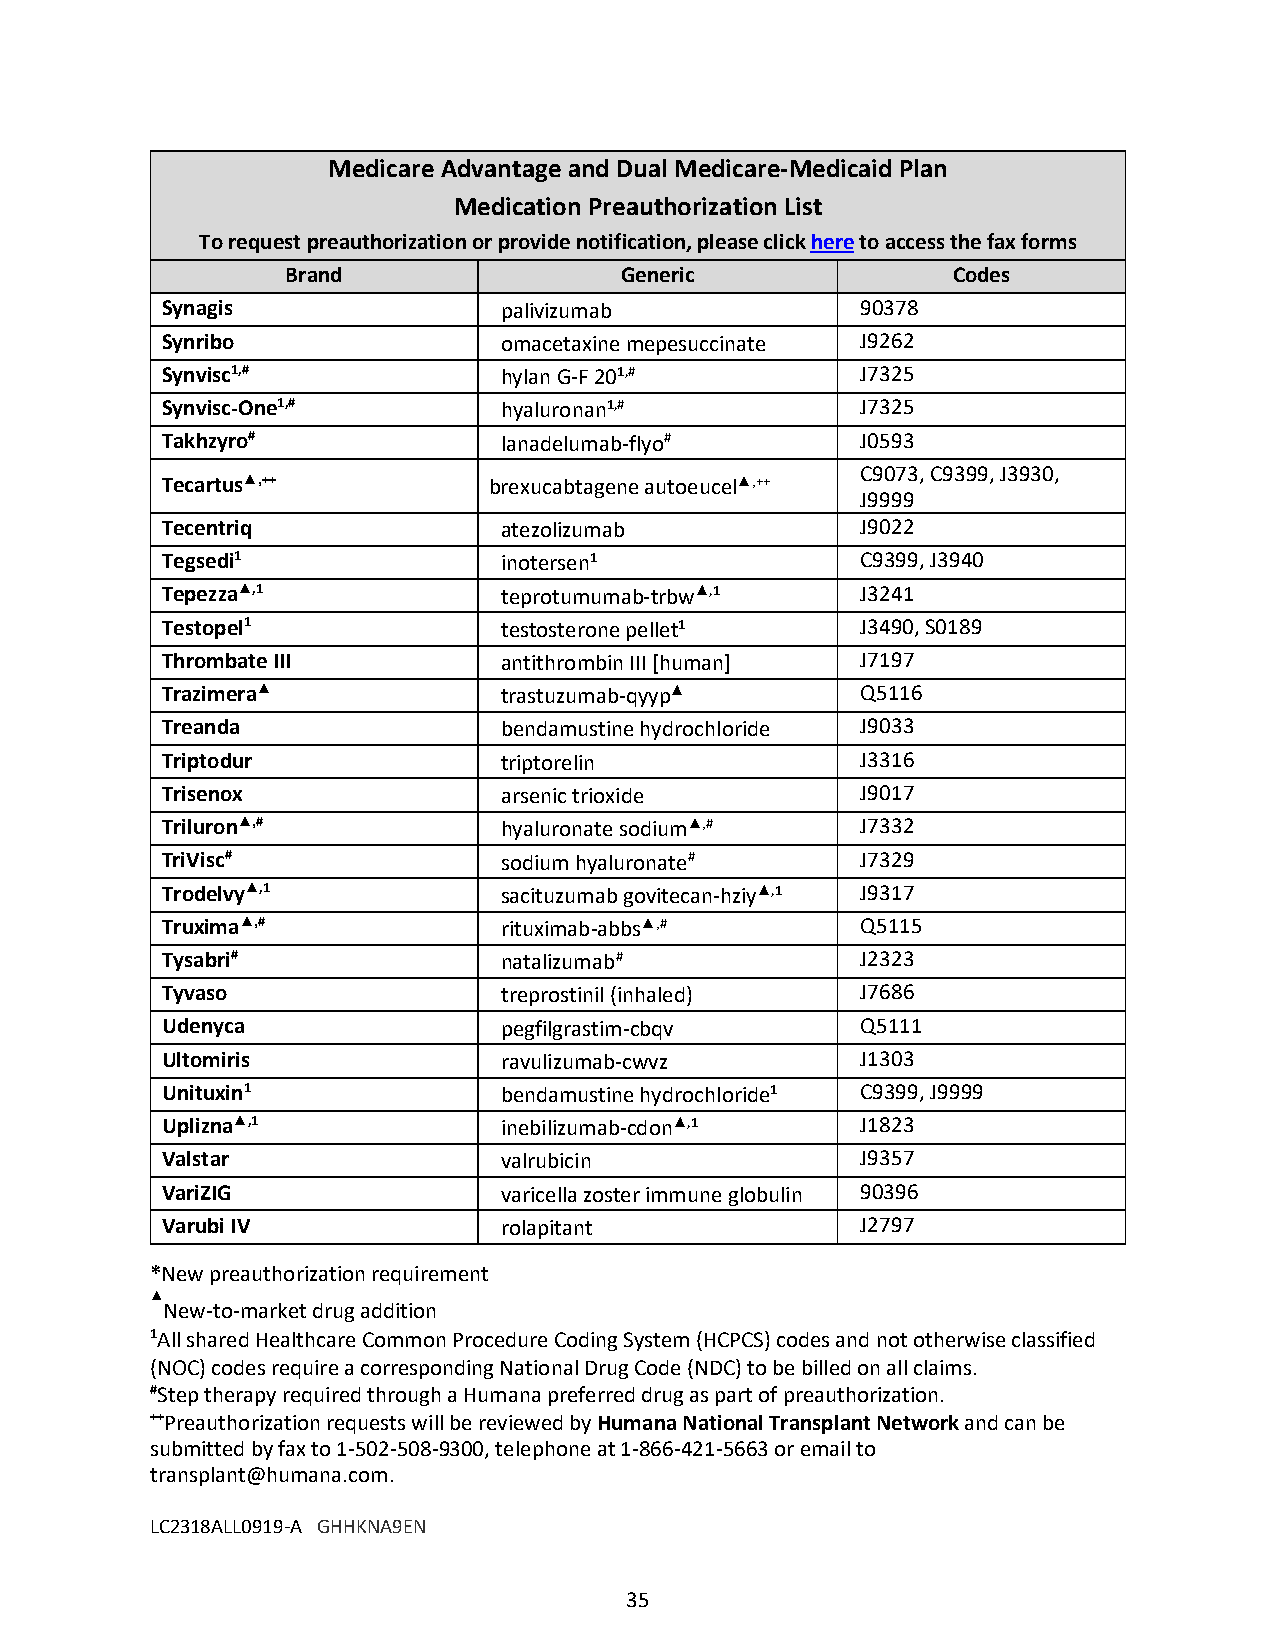
Medicare Advantage and Dual Medicare-Medicaid Plan
 Medication Preauthorization List
 To request preauthorization or provide notification, please click here to access the fax forms
 Brand                 Generic               Codes
 Synagis               palivizumab             90378
 Synribo               omacetaxine mepesuccinate J9262
 Synvisc1,#            hylan G-F 201,#         J7325
 Synvisc-One1,#        hyaluronan1,#           J7325
 Takhzyro#             lanadelumab-flyo#       J0593
 C9073, C9399, J3930,
 Tecartus▲,++         brexucabtagene autoeucel▲,++
 J9999
 Tecentriq             atezolizumab            J9022
 Tegsedi1              inotersen1              C9399, J3940
 Tepezza▲,1            teprotumumab-trbw▲,1    J3241
 Testopel1             testosterone pellet1    J3490, S0189
 Thrombate III         antithrombin III [human] J7197
 Trazimera▲            trastuzumab-qyyp▲       Q5116
 Treanda               bendamustine hydrochloride J9033
 Triptodur             triptorelin             J3316
 Trisenox              arsenic trioxide        J9017
 Triluron▲,#           hyaluronate sodium▲,#   J7332
 TriVisc#              sodium hyaluronate#     J7329
 Trodelvy▲,1           sacituzumab govitecan-hziy▲,1 J9317
 Truxima▲,#            rituximab-abbs▲,#       Q5115
 Tysabri#              natalizumab#            J2323
 Tyvaso                treprostinil (inhaled)  J7686
 Udenyca               pegfilgrastim-cbqv      Q5111
 Ultomiris             ravulizumab-cwvz        J1303
 Unituxin1             bendamustine hydrochloride1 C9399, J9999
 Uplizna▲,1            inebilizumab-cdon▲,1    J1823
 Valstar               valrubicin              J9357
 VariZIG               varicella zoster immune globulin 90396
 Varubi IV             rolapitant              J2797
 *New preauthorization requirement
 ▲
 New-to-market drug addition
 1All shared Healthcare Common Procedure Coding System (HCPCS) codes and not otherwise classified
 (NOC) codes require a corresponding National Drug Code (NDC) to be billed on all claims.
 #Step therapy required through a Humana preferred drug as part of preauthorization.
 ++Preauthorization requests will be reviewed by Humana National Transplant Network and can be
 submitted by fax to 1-502-508-9300, telephone at 1-866-421-5663 or email to
 transplant@humana.com.
 LC2318ALL0919-A GHHKNA9EN
 35